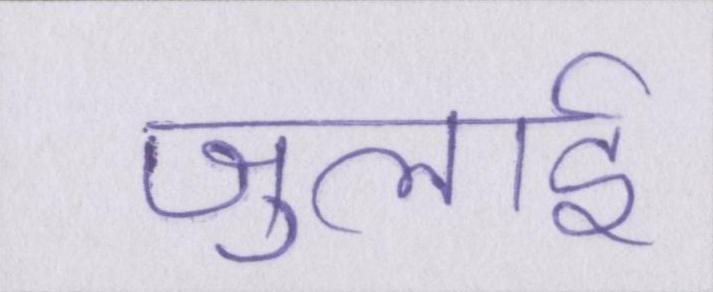
जुलाई